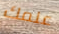
علمك